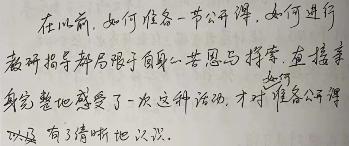
在以前，如何准备一节公开课，如何进行
教研指导都局限于自身一些思考与探索。直接亲
身完整地感受了一次这种活动，才对准备公开课
以及 有了清晰地认识。